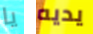
يا يديه